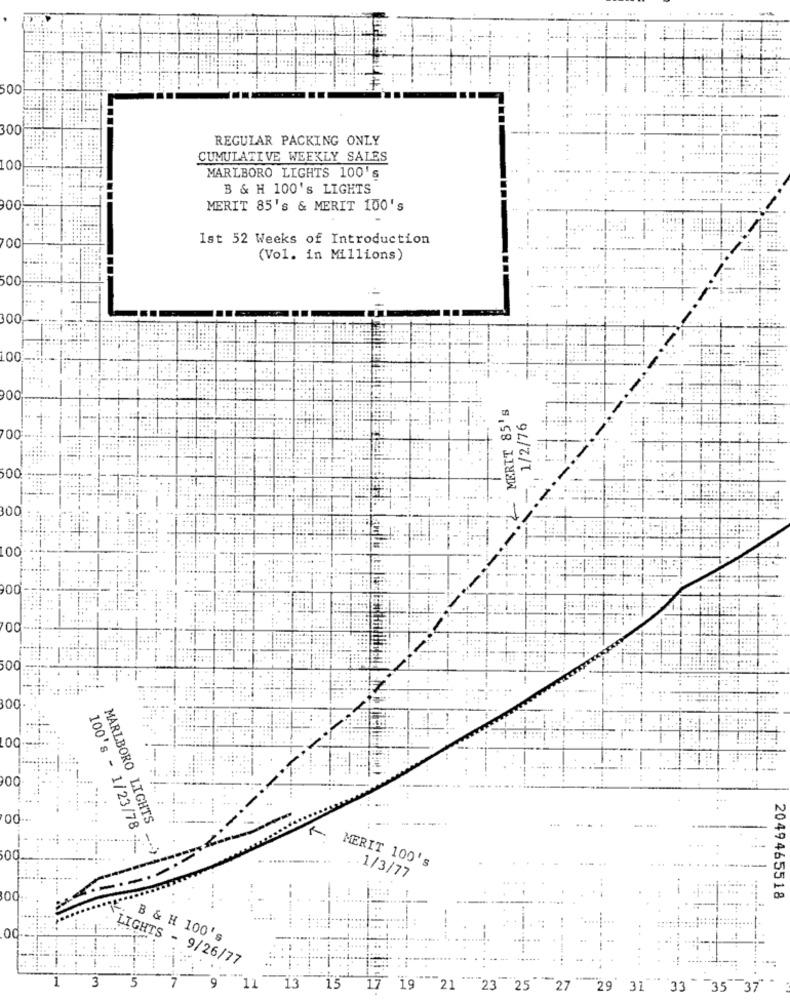
500
REGULAR PACKING ONLY
CUMULATIVE WEEKLY SALES
100
MARLBORO LIGHTS 100's
B & H 100's LIGHTS
00
MERIT 85's & MERIT 100's
00
Ist 52 Weeks of Introduction
(Vol. in Millions)
500
300
00
900
MERIT 85's
1/2/76
-------
500
00
00
00
00.
00
-.
'00 ...
MARLBORO LIGHTS
100's - 1/23/78 -
00.
MERIT 100's
... ....
1/3/77
-----.
2049465518
B & H 100's
......
LIGHTS - 9/26/77
3
15
17
21
"23 25
"27
29 31
33 35 37